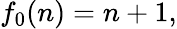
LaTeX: f_{0}(n)=n+1,